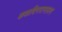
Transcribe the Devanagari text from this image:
ककबिनरामायण